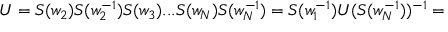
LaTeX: U = S ( w _ { 2 } ) S ( w _ { 2 } ^ { - 1 } ) S ( w _ { 3 } ) . . . S ( w _ { N } ) S ( w _ { N } ^ { - 1 } ) = S ( w _ { 1 } ^ { - 1 } ) U ( S ( w _ { N } ^ { - 1 } ) ) ^ { - 1 } =